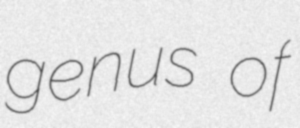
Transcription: genus of